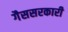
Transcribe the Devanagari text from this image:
गैससरकारी